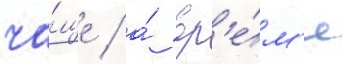
ча́ще / а́ вр'е́м'я